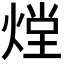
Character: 𭵏